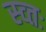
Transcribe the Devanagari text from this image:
स्व्तः